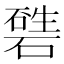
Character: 𥕙